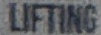
LIFTING